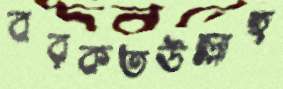
বরকতউল্লাহ